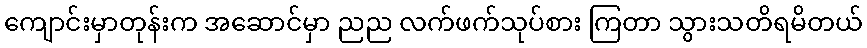
ကျောင်းမှာတုန်းက အဆောင်မှာ ညည လက်ဖက်သုပ်စား ကြတာ သွားသတိရမိတယ်